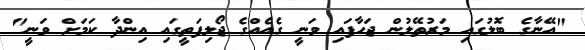
"އޭނާގެ ބޮލުގައި މަރުތޭލުން ޖަހާފައި ވަނީ ގެއެއްގެ ޖޯލިފަތީގައި އިންދާ ކަމަށް ވަނީ"